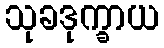
သုခဒုက္ခာယ